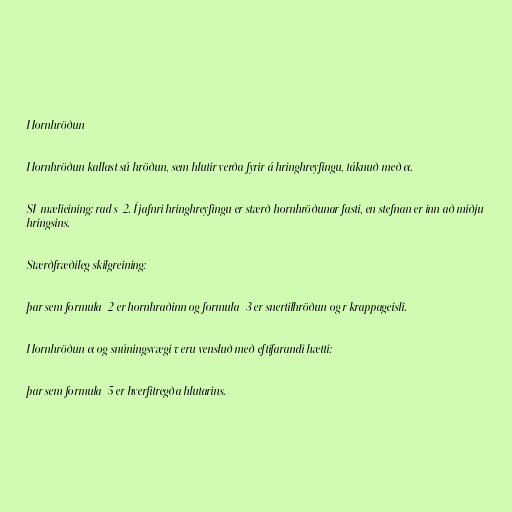
Hornhröðun

Hornhröðun kallast sú hröðun, sem hlutir verða fyrir á hringhreyfingu, táknuð með α.

SI-mælieining: rad s-2. Í jafnri hringhreyfingu er stærð hornhröðunar fasti, en stefnan er inn að miðju
hringsins.

Stærðfræðileg skilgreining:

þar sem formula_2 er hornhraðinn og formula_3 er snertilhröðun og r krappageisli.

Hornhröðun α og snúningsvægi τ eru vensluð með eftifarandi hætti:

þar sem formula_5 er hverfitregða hlutarins.